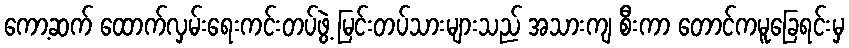
ကော့ဆက် ထောက်လှမ်းရေးကင်းတပ်ဖွဲ့ မြင်းတပ်သားများသည် အသားကျ စီးကာ တောင်ကမူခြေရင်းမှ